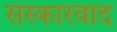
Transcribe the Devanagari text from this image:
संस्कारवाद